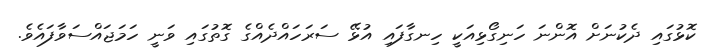
ކޮޅުގައި ދެކުނަށް އޮންނަ ހަނިގޯޅިއަކީ ހިނގާފައި އުޅޭ ސަރަހައްދެއްގެ ގޮތުގައި ވަނީ ހަމަޖައްސަވާފައެވެ.